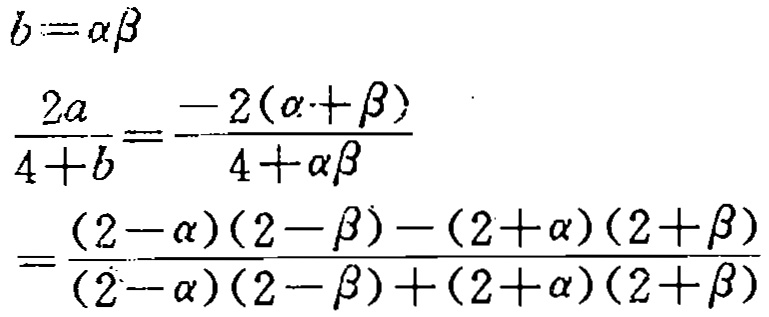
\[
\begin{align*}
b&=\alpha\beta\\
\frac{2a}{4 + b}&=\frac{-2(\alpha+\beta)}{4+\alpha\beta}\\
&=\frac{(2 - \alpha)(2 - \beta)-(2+\alpha)(2+\beta)}{(2 - \alpha)(2 - \beta)+(2+\alpha)(2+\beta)}
\end{align*}
\]